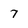
Character: 7